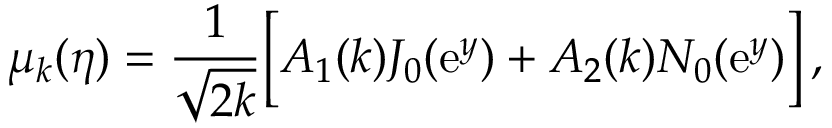
\mu _ { k } ( \eta ) = \frac { 1 } { \sqrt { 2 k } } \biggl [ A _ { 1 } ( k ) J _ { 0 } ( \mathrm { e } ^ { y } ) + A _ { 2 } ( k ) N _ { 0 } ( \mathrm { e } ^ { y } ) \biggr ] \, ,